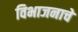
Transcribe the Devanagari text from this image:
विभाजनाचे